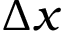
\Delta x